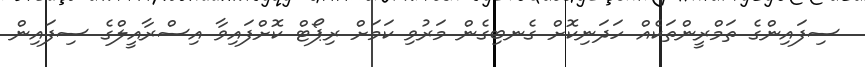
ސިފައިންގެ ތަމްރީންތަކެއް ހަދަނިކޮށް ގެނބިގެން މަރުވި ކަމަށް ރިޕޯޓް ކޮށްފައިވާ އިސްރާއީލްގެ ސިފައިން